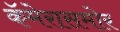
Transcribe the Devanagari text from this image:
कॅमेरासमोर